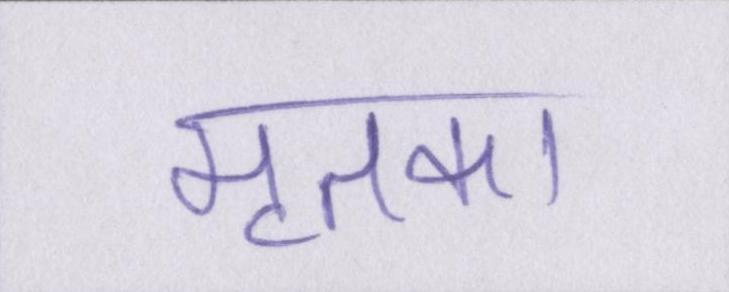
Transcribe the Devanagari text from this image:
मृतका